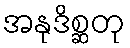
အနုဒိစ္ဆတု